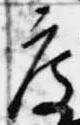
度